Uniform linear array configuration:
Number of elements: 16
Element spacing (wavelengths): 1
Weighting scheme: cosine
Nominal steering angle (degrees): -30
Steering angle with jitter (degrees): -31.672
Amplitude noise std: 0.05
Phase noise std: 0.05

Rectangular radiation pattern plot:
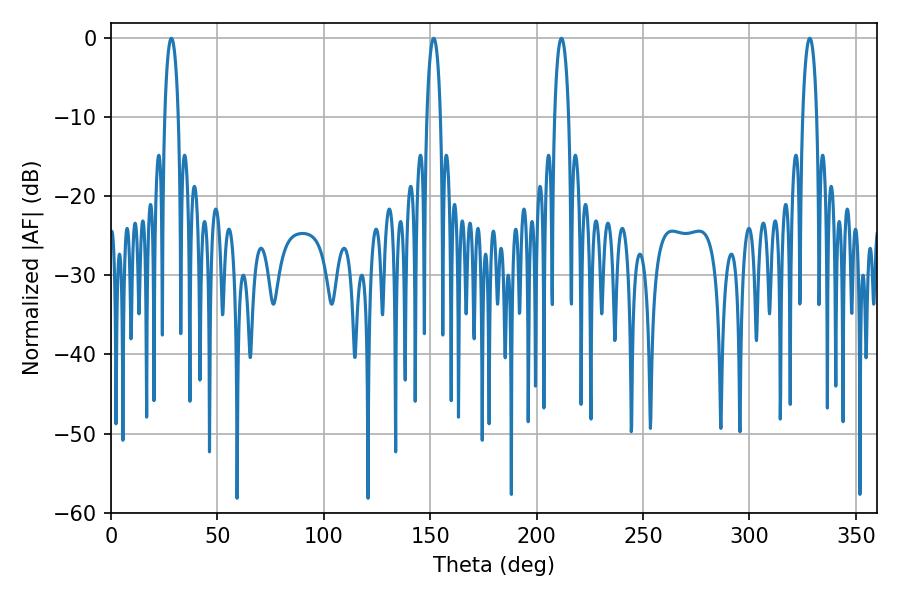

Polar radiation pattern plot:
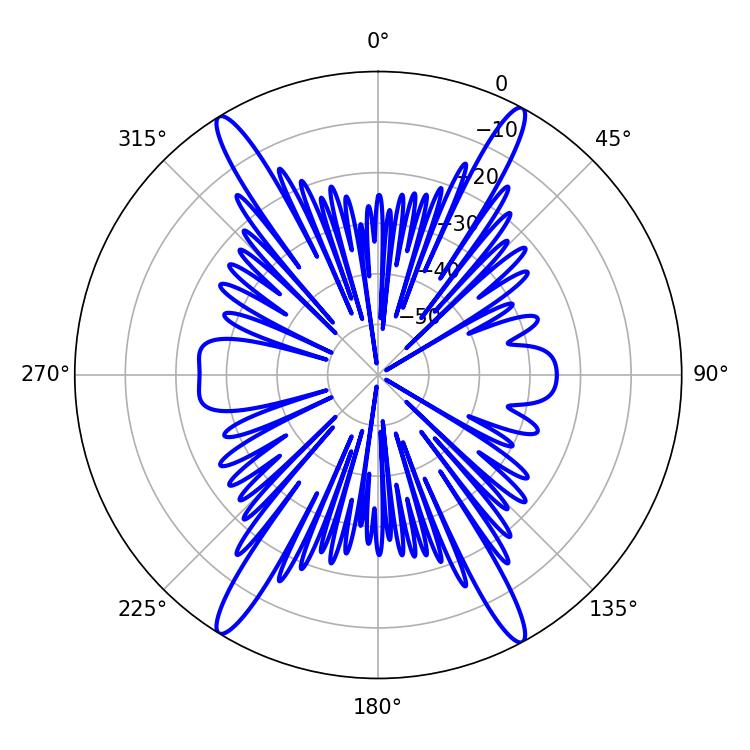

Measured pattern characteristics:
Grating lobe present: TRUE
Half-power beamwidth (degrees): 3.6
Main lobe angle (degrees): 211.68